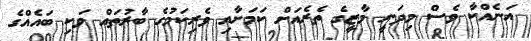
އަނެއްކާ ވެސް މިދަނީ މާޒީގެ ތެރެއަށް ކަމަށާއި ވެރިކަމުގެ ބާރުތައް ވަކި ބައެއްގެ